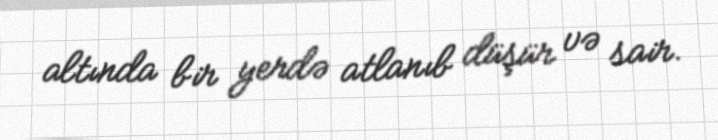
altında bir yerdə atlanıb düşür və sair.